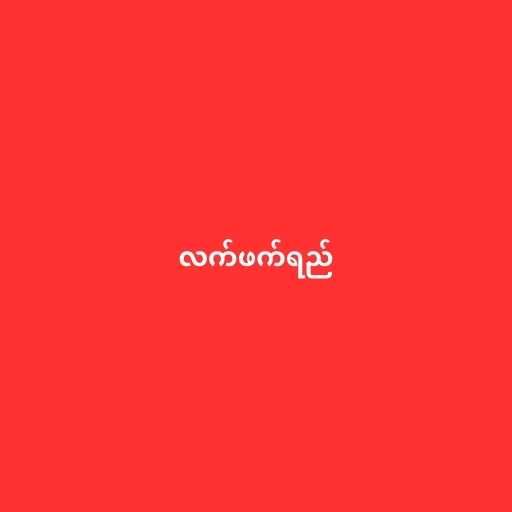
လက်ဖက်ရည်